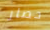
حصار